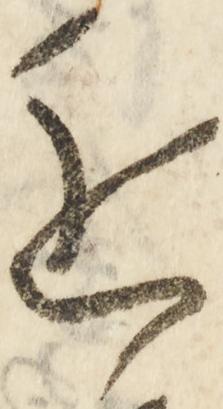
近